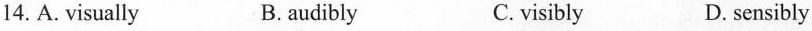
14.A.visually B.audibly C.visibly D. sensibly